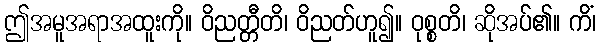
ဤအမူအရာအထူးကို။ ဝိညတ္တီတိ၊ ဝိညတ်ဟူ၍။ ဝုစ္စတိ၊ ဆိုအပ်၏။ ကိံ၊